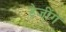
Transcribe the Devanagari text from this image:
ड्रेजींग